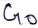
Text: G0